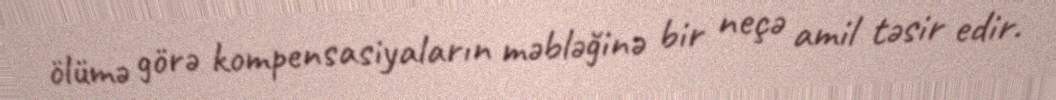
ölümə görə kompensasiyaların məbləğinə bir neçə amil təsir edir.